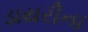
ડાયરીના